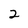
Character: 2